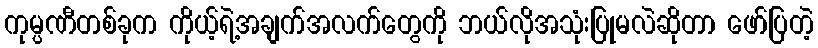
ကုမ္ပဏီတစ်ခုက ကိုယ့်ရဲ့အချက်အလက်တွေကို ဘယ်လိုအသုံးပြုမလဲဆိုတာ ဖော်ပြတဲ့